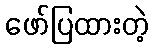
ဖော်ပြထားတဲ့